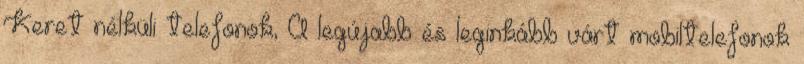
Keret nélküli telefonok, A legújabb és leginkább várt mobiltelefonok